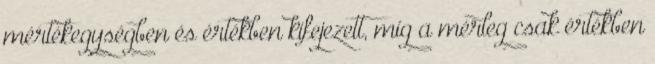
mértékegységben és értékben kifejezett, míg a mérleg csak értékben